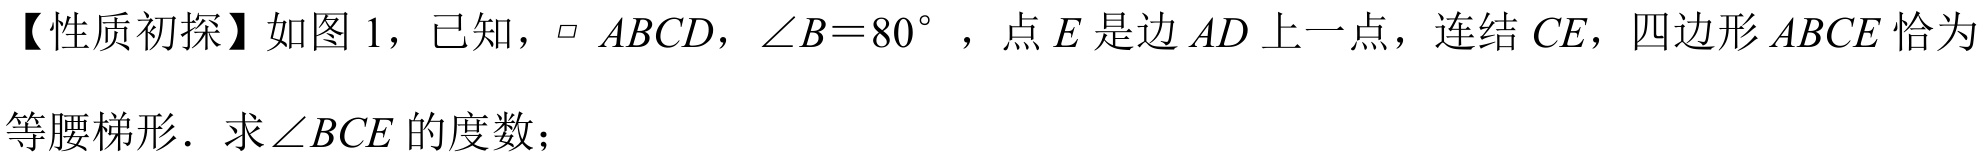
【性质初探】如图 1，已知，$\parallelogram\ ABCD$，$\angle B = 80^{\circ}$，点$E$是边$AD$上一点，连结$CE$，四边形$ABCE$恰为
等腰梯形．求$\angle BCE$的度数；